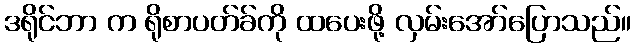
ဒရိုင်ဘာ က ရိုစာပတ်ခ်ကို ထပေးဖို့ လှမ်းအော်ပြောသည်။